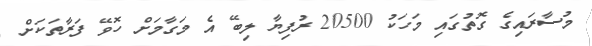
މުސާރައިގެ ގޮތުގައި މަހަކު 20500 ރުފިޔާ ލިބޭ އެ މަގާމަށް ހޮވޭ ފަރާތަކަށް